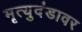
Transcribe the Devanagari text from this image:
मृत्युदंडावर